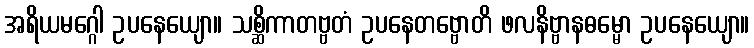
အရိယမဂ္ဂေါ ဥပနေယျော။ သစ္ဆိကာတဗ္ဗတံ ဥပနေတဗ္ဗောတိ ဖလနိဗ္ဗာနဓမ္မော ဥပနေယျော။